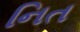
નિત